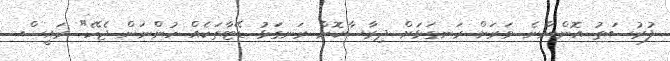
ފުރުސަތު އޮންނާނެ. ވަރަށް ރަނގަޅަށް ދިރާސާކޮށް ރަނގަޅު ޑޭޓާތަކެއް ހުންނަން ޖެހޭ" ރައީސް